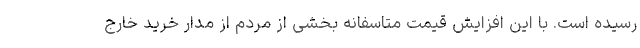
رسیده است. با این افزایش قیمت متاسفانه بخشی از مردم از مدار خرید خارج